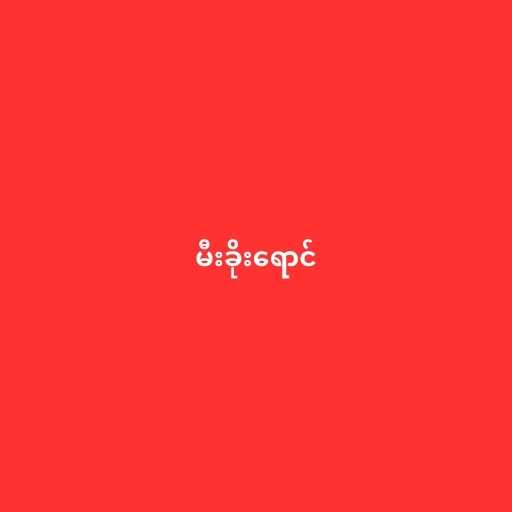
မီးခိုးရောင်